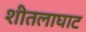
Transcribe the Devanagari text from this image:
शीतलाघाट